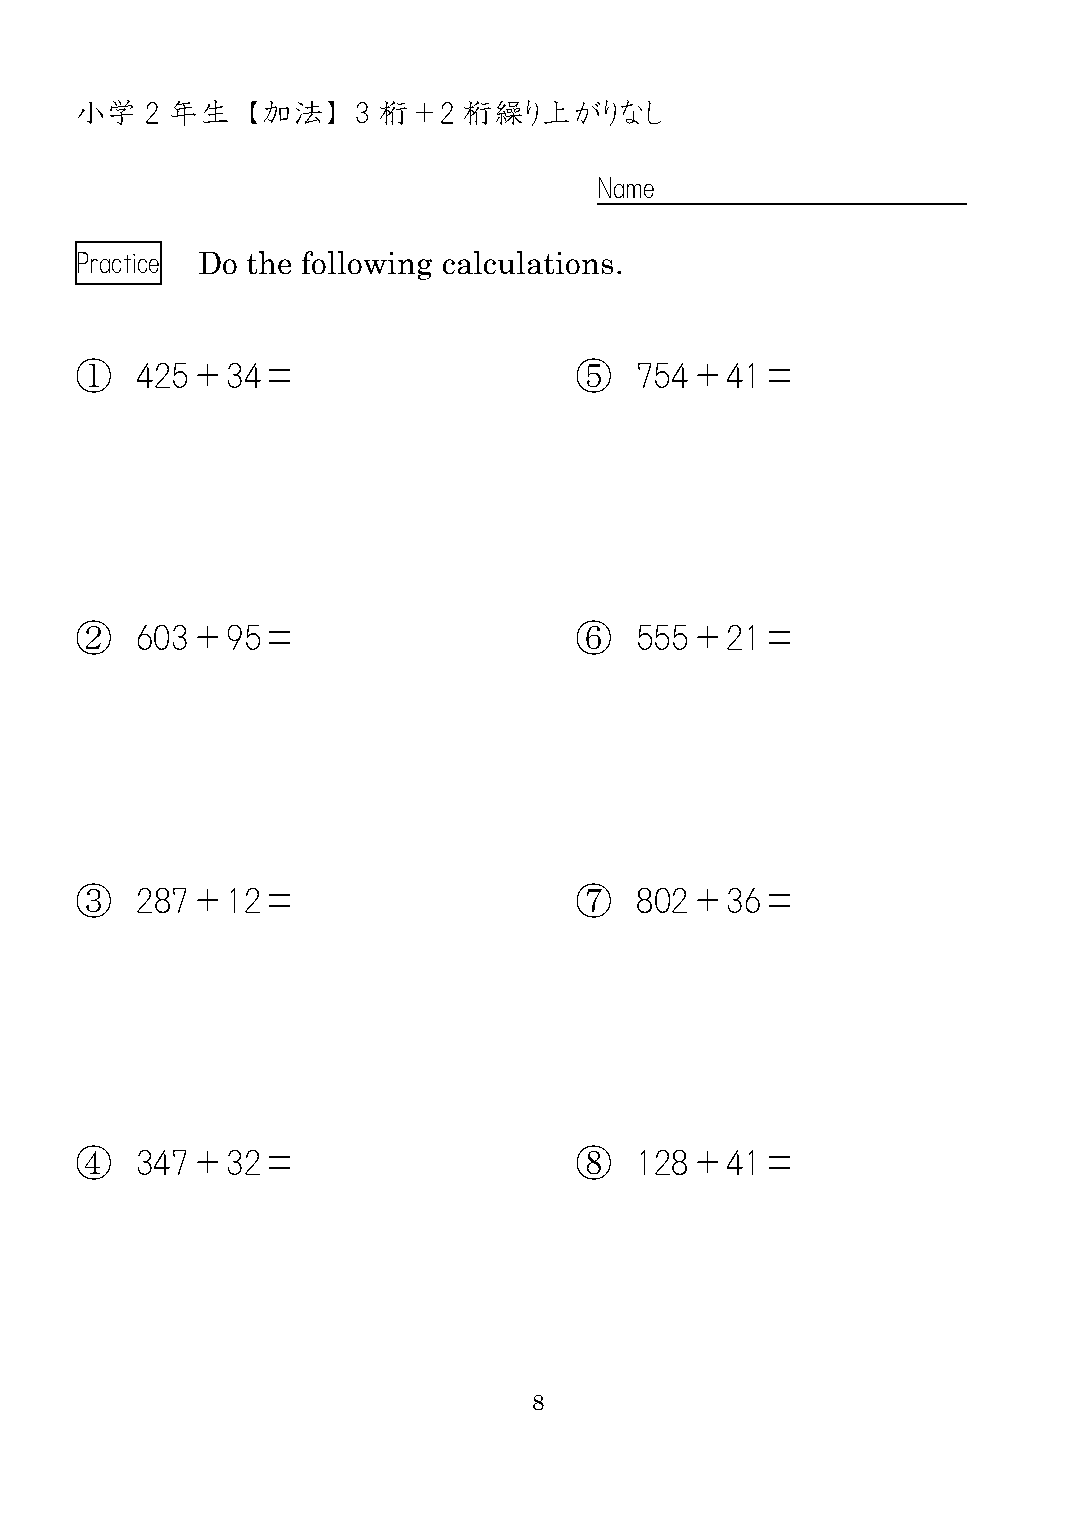
小学   2 年生  【加法】    3 桁＋2  桁繰り上がりなし
 Name
 Practice Do the following calculations.
 ①   425＋34＝                      ⑤   754＋41＝
 ②   603＋95＝                      ⑥   555＋21＝
 ③   287＋12＝                      ⑦   802＋36＝
 ④   347＋32＝                      ⑧   128＋41＝
 8